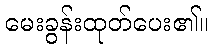
မေးခွန်းထုတ်ပေး၏။